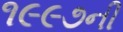
૧૯૯૭ની